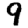
Digit: 9